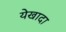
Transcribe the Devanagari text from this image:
येखादा